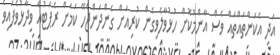
އަދި އެކަންތައްތައް ވެސް އާންމުކޮށް ހުޅުވާލެވިގެން ކުރިއަށް ގެންދަންޖެހޭ ކަމަށް ރެޕަޓުއާ ވިދާޅުވެފައިވެ